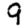
Digit: 9